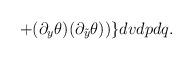
LaTeX: \begin{align*}+ (\partial_y \theta)(\partial_{\tilde y} \theta)) \} d vdpdq.\end{align*}